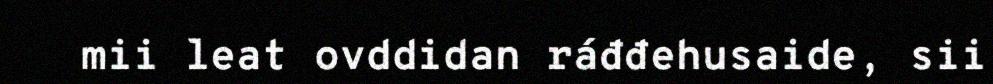
mii leat ovddidan ráđđehusaide, sii